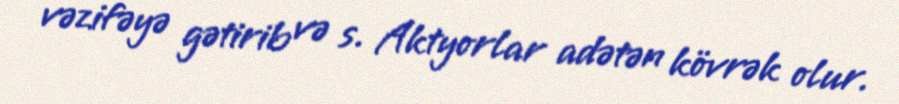
vəzifəyə gətirib və s. Aktyorlar adətən kövrək olur.